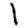
Digit: 1